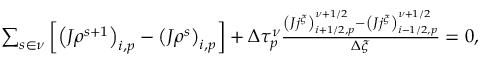
\begin{array} { r } { \sum _ { s \in \nu } \left[ \left( J \rho ^ { s + 1 } \right) _ { i , p } - \left( J \rho ^ { s } \right) _ { i , p } \right] + \Delta \tau _ { p } ^ { \nu } \frac { \left( J j ^ { \xi } \right) _ { i + 1 / 2 , p } ^ { \nu + 1 / 2 } - \left( J j ^ { \xi } \right) _ { i - 1 / 2 , p } ^ { \nu + 1 / 2 } } { \Delta \xi } = 0 , } \end{array}